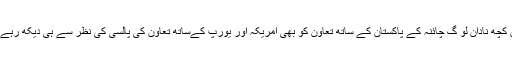
لیکن کچھ نادان لو گ چائنہ کے پاکستان کے ساتھ تعاون کو بھی امریکہ اور یورپ کےساتھ تعاون کی پالسی کی نظر سے ہی دیکھ رہے ہیں۔